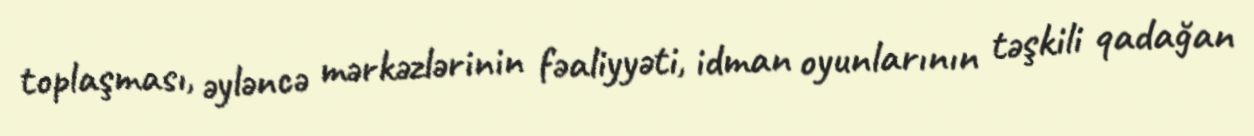
toplaşması, əyləncə mərkəzlərinin fəaliyyəti, idman oyunlarının təşkili qadağan